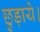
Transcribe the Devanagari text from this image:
छुड़ाये।